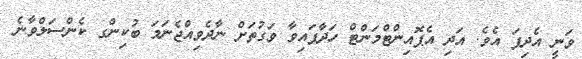
ވަނީ އެދިފަ އެވެ. އަދި އެޕޮއިންޓްމަންޓް ހަދާފައިވާ ވަގުތަށް ނާދެވިއްޖެނަމަ ބުކިންގ ކެންސަލްވާނެ